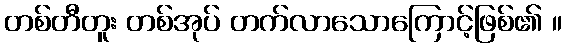
တစ်တီတူး တစ်အုပ် တက်လာသောကြောင့်ဖြစ်၏ ။